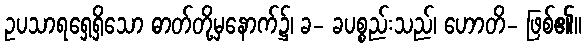
ဥပသာရရှေ့ရှိသော ဓာတ်တို့မှနောက်၌၊ ခ- ခပစ္စည်းသည်၊ ဟောတိ- ဖြစ်၏။